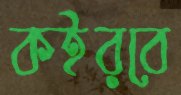
কইরবে